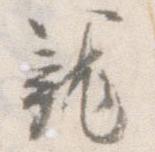
籠